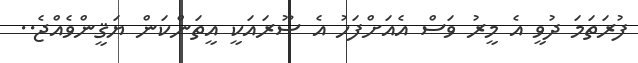
ފުރަތަމަ ދުވީ އެ މީރު ވަސް އެއަށްފަހު އެ ސޫރައަކީ އީތަންކަން ޔަޤީންވެއްޖެ..